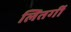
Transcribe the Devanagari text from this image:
लितर्गी